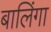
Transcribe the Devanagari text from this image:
बालिंगा